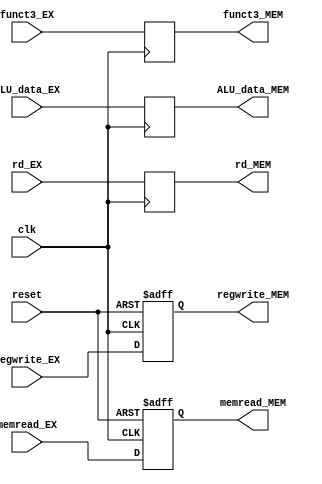
module EX_MEM_stage(
    input clk,
    input reset,

    input memread_EX,
    input regwrite_EX,
    input [2:0] funct3_EX,
    input [4:0] rd_EX,
    input [31:0] ALU_data_EX,

    output reg memread_MEM,
    output reg regwrite_MEM,
    output reg [2:0] funct3_MEM,
    output reg [4:0] rd_MEM,
    output reg [31:0] ALU_data_MEM
    );
    
    always@(posedge clk or posedge reset) begin
        if (reset) begin
            memread_MEM <= 0;
            regwrite_MEM <= 0;
        end else begin
            memread_MEM <= memread_EX;
            regwrite_MEM <= regwrite_EX;
        end
    end
    
    always@(posedge clk) begin
        funct3_MEM <= funct3_EX;
        rd_MEM <= rd_EX;
        ALU_data_MEM <= ALU_data_EX;
    end

endmodule